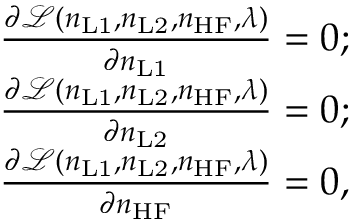
\begin{array} { r } { \frac { \partial \mathcal { L } ( n _ { \mathrm { L 1 } } , n _ { \mathrm { L 2 } } , n _ { \mathrm { H F } } , \lambda ) } { \partial n _ { \mathrm { L 1 } } } = 0 ; } \\ { \frac { \partial \mathcal { L } ( n _ { \mathrm { L 1 } } , n _ { \mathrm { L 2 } } , n _ { \mathrm { H F } } , \lambda ) } { \partial n _ { \mathrm { L 2 } } } = 0 ; } \\ { \frac { \partial \mathcal { L } ( n _ { \mathrm { L 1 } } , n _ { \mathrm { L 2 } } , n _ { \mathrm { H F } } , \lambda ) } { \partial n _ { \mathrm { H F } } } = 0 , } \end{array}